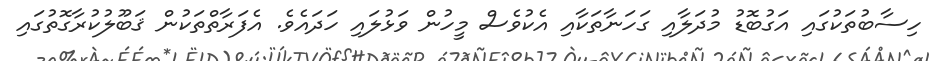
ހިސާބުތަކުގައި އަގުބޮޑު މުދަލާއި ގަހަނާތަކާއި އެކުވެސް މީހުން ވަޅުލައި ހަދައެވެ. އެފަރާތްތަކުން ޤަބޫލުކުރާގޮތުގައި